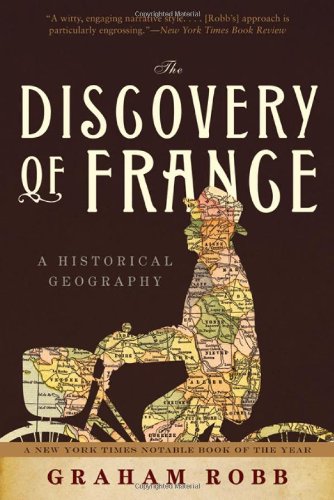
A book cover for The Discovery of France: A Historical Geography; Graham Robb; History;